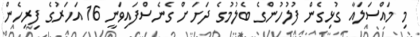
މި މައްސަލައާ ގުޅިގެން ފުލުހުންގެ ބެލުމުގެ ދަށަށް ގެނެސްފައިވަނީ 16 އަހަރުގެ ފިރިހެން